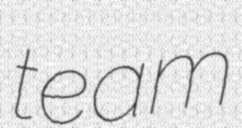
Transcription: team